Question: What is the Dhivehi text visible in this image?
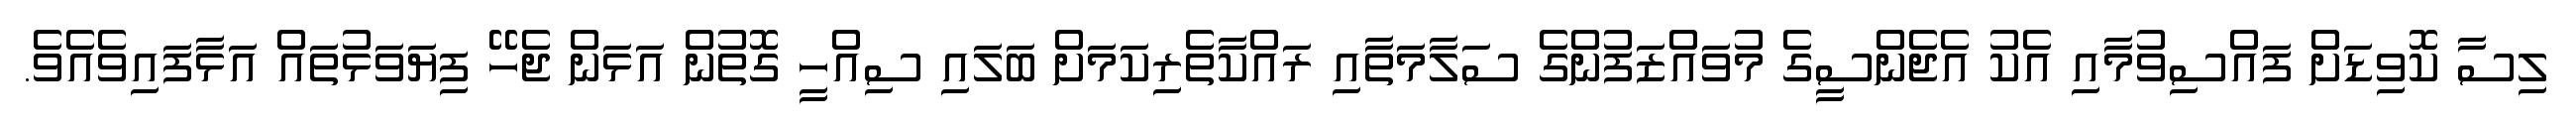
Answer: ލިސާ ކޮވިޑަށް ފައްސިވުމާއި އެކު އެޖެންސީގެ މުވައްޒަފުންގެ ސަލާމަތާއި ރައްކާތެރިކަމަށް ބަލައި ސިއްހީ ގޮތުން އަޅަން ޖެހޭ ފިޔަވަޅުތައް އަޅާފައިވެއެވެ.